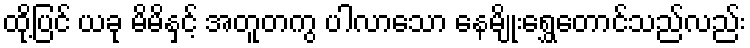
ထို့ပြင် ယခု မိမိနှင့် အတူတကွ ပါလာသော နေမျိုးရွှေတောင်သည်လည်း